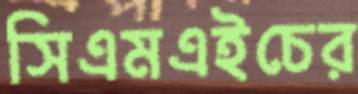
সিএমএইচের